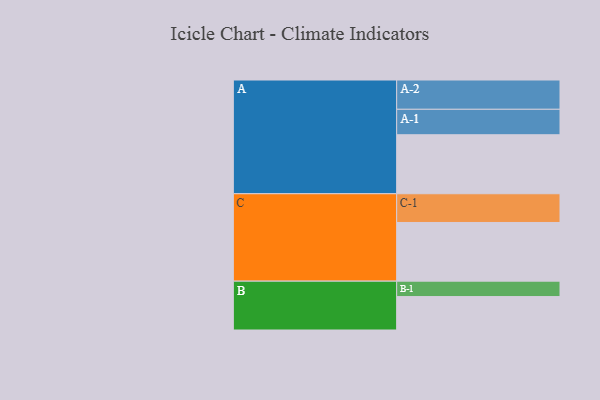
{"axis": {"x": "Segment", "y": "Value"}, "legend": ["", "A", "B", "C"], "data": [{"x": "A", "y": 540, "type": ""}, {"x": "B", "y": 306, "type": ""}, {"x": "C", "y": 537, "type": ""}, {"x": "A-1", "y": 233, "type": "A"}, {"x": "A-2", "y": 268, "type": "A"}, {"x": "B-1", "y": 141, "type": "B"}, {"x": "C-1", "y": 263, "type": "C"}]}